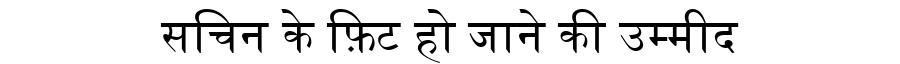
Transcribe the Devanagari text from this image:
सचिन के फ़िट हो जाने की उम्मीद